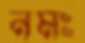
নমঃ